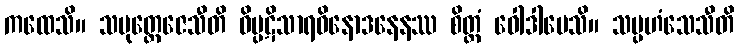
ကထေသိ။ သမုတ္တေဇေသီတိ ဝိပ္ပဋိသာရဝိနောဒနေနဿ စိတ္တံ ဝေါဒါပေသိ။ သမ္ပဟံသေသီတိ